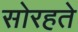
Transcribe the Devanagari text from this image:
सोरहते